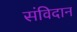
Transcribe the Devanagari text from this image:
संविदान